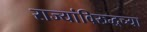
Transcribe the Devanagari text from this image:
राज्यांविरुद्धच्या